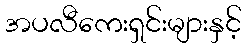
အပလီကေးရှင်းများနှင့်